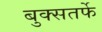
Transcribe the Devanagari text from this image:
बुक्सतर्फे